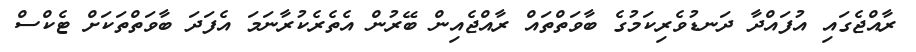
ރާއްޖެގައި އުފައްދާ ދަނޑުވެރިކަމުގެ ބާވަތްތައް ރާއްޖެއިން ބޭރުން އެތެެރެކުރާނަމަ އެފަދަ ބާވަތްތަކަށް ޓެކްސް